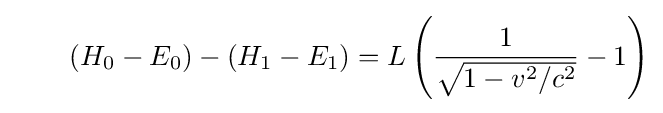
\quad \quad (H_{0}-E_{0})-(H_{1}-E_{1})=L\left({\frac {1}{\sqrt {1-v^{2}/c^{2}}}}-1\right)